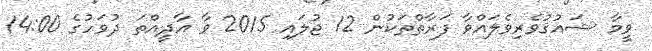
ވީމާ ޝައުޤުވެރިވެލައްވާ ފަރާތްތަކުން 12 ޖުލައި 2015 ވާ އާދީއްތަ ދުވަހުގެ 14:00